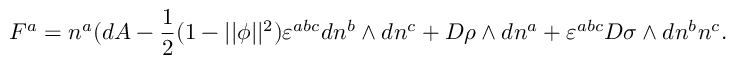
F ^ { a } = n ^ { a } ( d A - \frac 1 2 ( 1 - | | \phi | | ^ { 2 } ) \varepsilon ^ { a b c } d n ^ { b } \wedge d n ^ { c } + D \rho \wedge d n ^ { a } + \varepsilon ^ { a b c } D \sigma \wedge d n ^ { b } n ^ { c } .